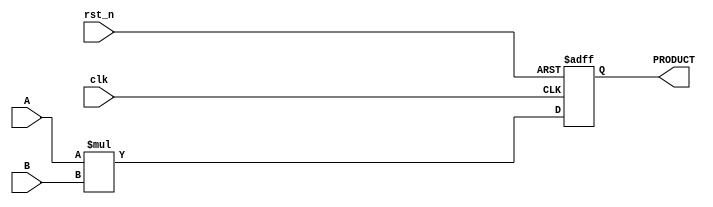
module parameterized_multiplier #(
    parameter WIDTH_A = 8,        // Bit-width of input A
    parameter WIDTH_B = 8,        // Bit-width of input B
    parameter WIDTH_OUT = WIDTH_A + WIDTH_B // Bit-width of output PRODUCT
)(
    input  wire [WIDTH_A-1:0] A,  // Input operand A
    input  wire [WIDTH_B-1:0] B,  // Input operand B
    input  wire clk,               // Clock signal
    input  wire rst_n,             // Active low reset signal
    output reg  [WIDTH_OUT-1:0] PRODUCT // Output product
);

    // Behavioral description of multiplication
    always @(posedge clk or negedge rst_n) begin
        if (!rst_n) begin
            PRODUCT <= 0; // Reset output to 0
        end else begin
            PRODUCT <= A * B; // Perform multiplication
        end
    end

endmodule